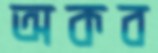
অকব